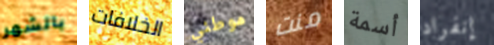
بالشهر الخلافات موطني منت أسمة إنفراد